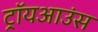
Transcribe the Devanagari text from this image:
ट्रॉयआउंस